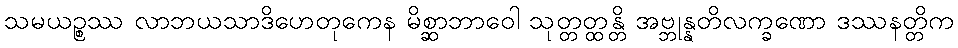
သမယဉ္စဿ လာဘယသာဒိဟေတုကေန မိစ္ဆာဘာဝေါ သုတ္တတ္ထန္တိ အဗ္ဘုန္နတိလက္ခဏော ဒဿနတ္တိက